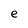
Character: e